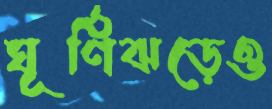
ঘূর্ণিঝড়েও